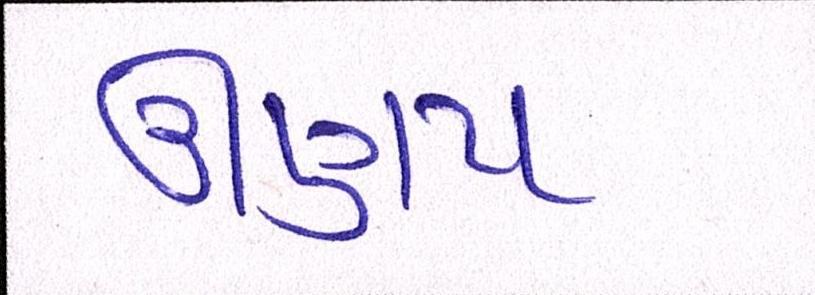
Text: ઊણપ